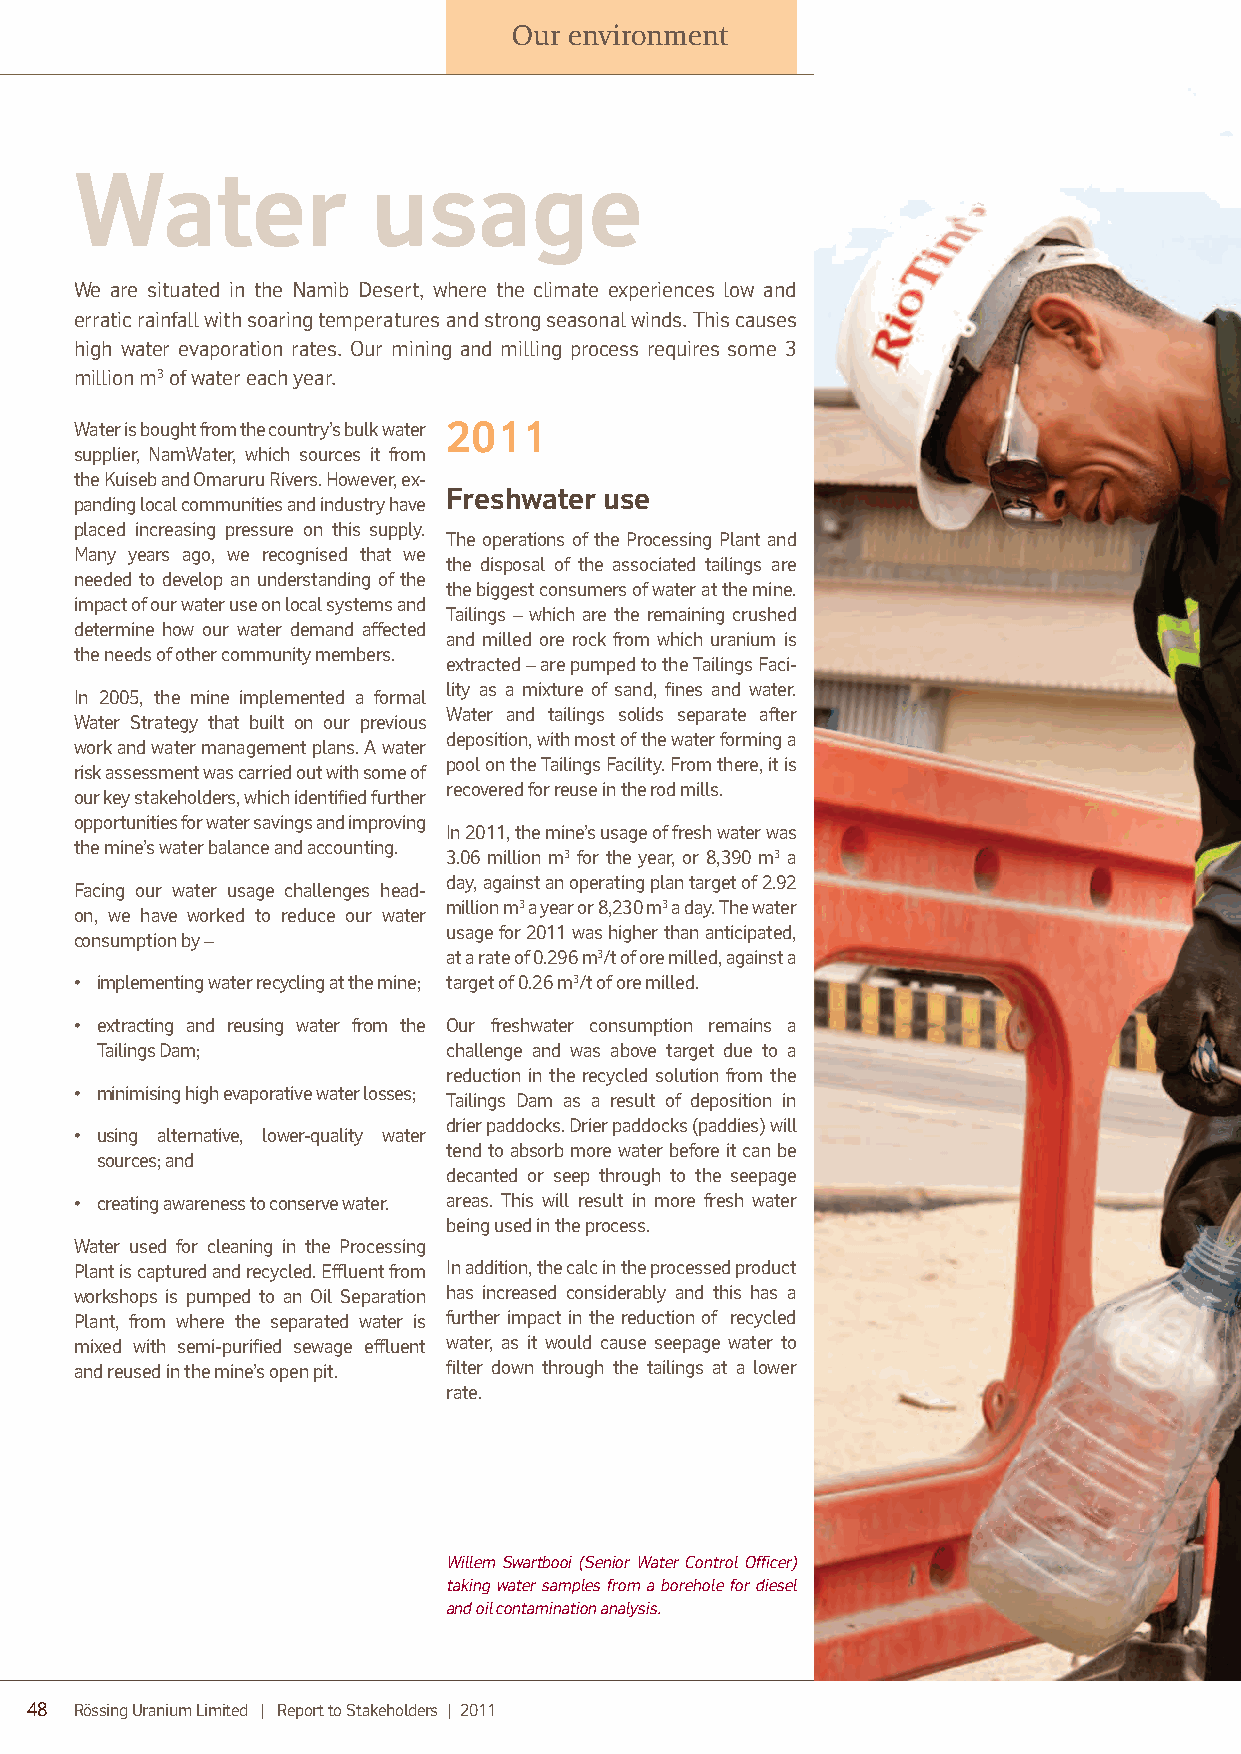
Our environment
 Water               usage
 We are situated in the Namib Desert, where the climate experiences low and
 erratic rainfall with soaring temperatures and strong seasonal winds. This causes
 high water evaporation rates. Our mining and milling process requires some 3
 million m3 of water each year.
 Water is bought from the country’s bulk water 2011
 supplier, NamWater, which sources it from
 the Kuiseb and Omaruru Rivers. However, ex-
 Freshwater use
 panding local communities and industry have
 placed increasing pressure on this supply.
 The operations of the Processing Plant and
 Many years ago, we recognised that we
 the disposal of the associated tailings are
 needed to develop an understanding of the
 the biggest consumers of water at the mine.
 imp act of our water use on local systems and
 Tailings – which are the remaining crushed
 determine how our water demand affected
 and milled ore rock from which uranium is
 the needs of other community members.
 extracted – are pumped to the Tailings Faci-
 lity as a mixture of sand, fines and water.
 In 2005, the mine implemented a formal
 Water and tailings solids separate after
 Water Strategy that built on our previous
 deposition, with most of the water forming a
 work and water management plans. A water
 pool on the Tailings Facility. From there, it is
 risk assessment was carried out with some of
 recovered for reuse in the rod mills.
 our key stakeholders, which identified further
 opportunities for water savings and improving
 In 2011, the mine’s usage of fresh water was
 the mine’s water balance and accounting.
 3.06 million m3 for the year, or 8,390 m3 a
 day, against an operating plan target of 2.92
 Facing our water usage challenges head-
 million m3 a year or 8,230 m3 a day. The water
 on, we have worked to reduce our water
 usage for 2011 was higher than anticipated,
 consumption by –
 at a rate of 0.296 m3/t of ore milled, against a
 • implementing water recycling at the mine; target of 0.26 m3/t of ore milled.
 • extracting and reusing water from the Our freshwater consumption remains a
 Tailings Dam;           challenge and was above target due to a
 reduction in the recycled solution from the
 • minimising high evaporative water losses;
 Tailings Dam as a result of deposition in
 drier paddocks. Drier paddocks (paddies) will
 • using alternative, lower-quality water
 tend to absorb more water before it can be
 sources; and
 decanted or seep through to the seepage
 • creating awareness to conserve water. areas. This will result in more fresh water
 being used in the process.
 Water used for cleaning in the Processing
 Plant is captured and recycled. Effluent from In addition, the calc in the processed product
 workshops is pumped to an Oil Separation has increased considerably and this has a
 Plant, from where the separated water is further impact in the reduction of recycled
 mixed with semi-purified sewage effluent water, as it would cause seepage water to
 and reused in the mine’s open pit. filter down through the tailings at a lower
 rate.
 Willem Swartbooi (Senior Water Control Officer)
 taking water samples from a borehole for diesel
 and oil contamination analysis.
 48 Rössing Uranium Limited | Report to Stakeholders | 2011